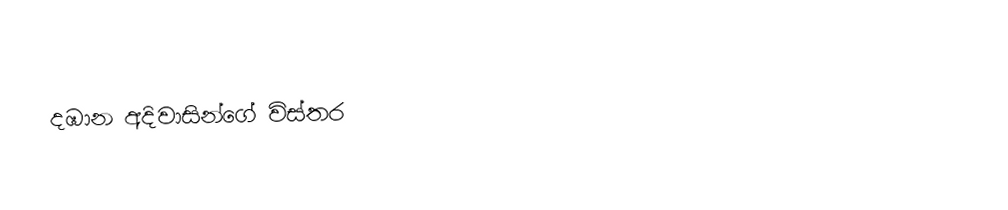
දඹාන අදිවාසින්ගේ විස්තර